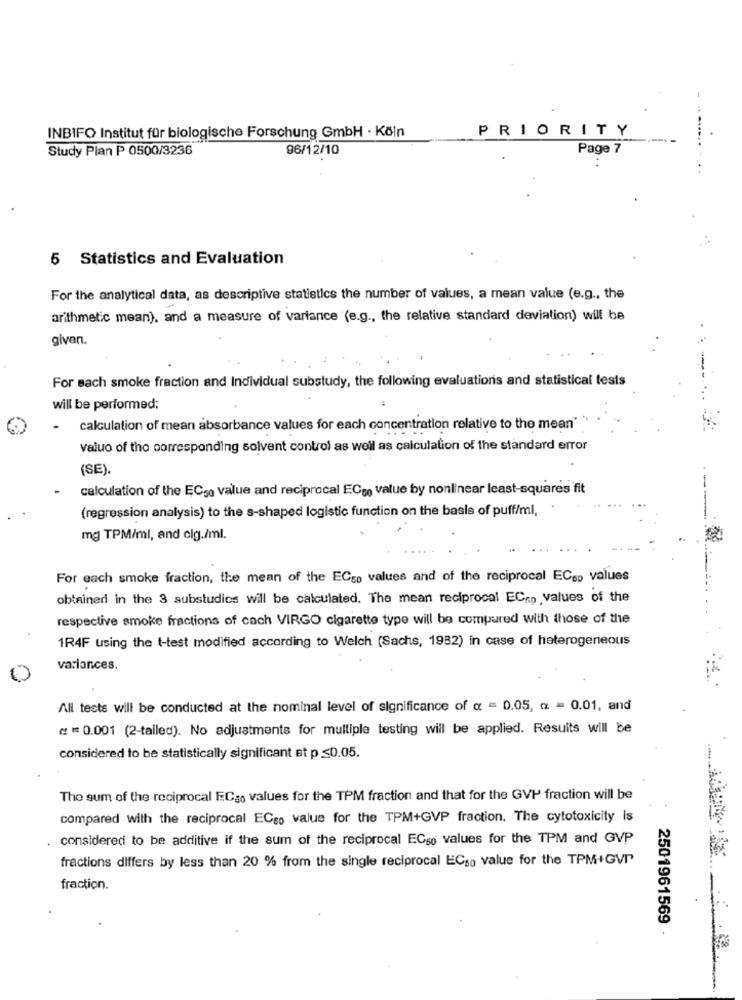
PRIORITY
INBIFO Institut für biologische Forschung GmbH · Köln
Study Plan P 0500/3236
96/12/10
Page 7
..
5 Statistics and Evaluation
For the analytical data, as descriptive statistics the number of values, a mean value (e.g ., the
arithmetic mean), and a measure of variance (e.g ., the relative standard deviation) will be
given.
For sach smoke fraction and Individual substudy, the following evaluations and statistical tests
will be performed;
calculation of mean absorbance values for each concentration relative to the mean
valuo of the corresponding solvent control as well as calculation of the standard error
(SE).
calculation of the ECso value and reciprocal ECso value by nonlinear least-squares fit
--
(regression analysis) to the s-shaped logistic function on the basis of puff/ml,
mg TPM/ml, and clg./ml.
For each smoke fraction, the mean of the ECso values and of the reciprocal ECso values
obtained in the 3 substudies will be calculated. The mean reciprocal ECno values of the
respective smoke fractions of cach VIRGO cigarette type will be compared with those of the
1R4F using the t-test modified according to Welch (Sachs, 1932) in case of heterogeneous
variances.
Ali tests will be conducted at the nominal level of significance of a = 0.05, a = 0.01, and
( =0.001 (2-tailed). No adjustments for multiple testing will be applied. Results will be
considered to be statistically significant et p ≤0.05.
The sum of the reciprocal ECas values for the TPM fraction and that for the GVP fraction will be
compared with the reciprocal ECso value for the TPM+GVP fraction. The cytotoxicity is
. considered to be additive if the sum of the reciprocal ECso values for the TPM and GVP
fractions differs by less than 20 % from the single reciprocal ECso value for the TPMIGVI
fraction.
2501961569 -